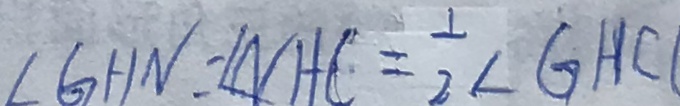
\angle G H N = \angle N H C = \frac { 1 } { 2 } \angle G H C